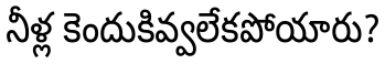
నీళ్ల కెందుకివ్వలేకపోయారు?